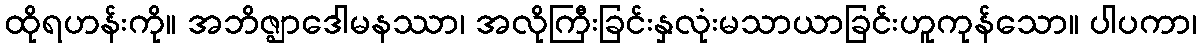
ထိုရဟန်းကို။ အဘိဇ္ဈာဒေါမနဿာ၊ အလိုကြီးခြင်းနှလုံးမသာယာခြင်းဟူကုန်သော။ ပါပကာ၊